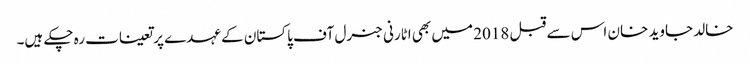
خالد جاوید خان اس سے قبل 2018 میں بھی اٹارنی جنرل آف پاکستان کے عہدے پر تعینات رہ چکے ہیں۔